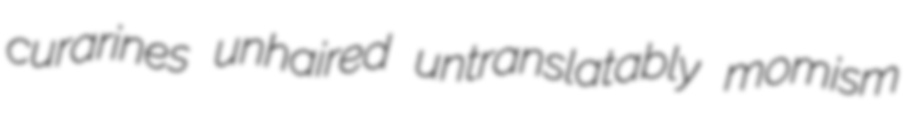
curarines unhaired untranslatably momism